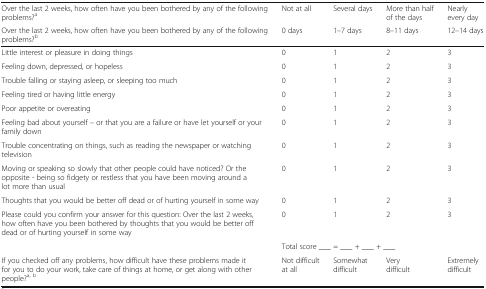
| Over the last 2 weeks, how often have you been bothered by any of the following problems?a | Not at all | Several days | More than half of the days | Nearly every day |
 | Over the last 2 weeks, how often have you been bothered by any of the following problems?b | 0 days | 1–7 days | 8–11 days | 12–14 days |
 | --- | --- | --- | --- | --- |
 | Little interest or pleasure in doing things | 0 | 1 | 2 | 3 |
 | Feeling down, depressed, or hopeless | 0 | 1 | 2 | 3 |
 | Trouble falling or staying asleep, or sleeping too much | 0 | 1 | 2 | 3 |
 | Feeling tired or having little energy | 0 | 1 | 2 | 3 |
 | Poor appetite or overeating | 0 | 1 | 2 | 3 |
 | Feeling bad about yourself – or that you are a failure or have let yourself or your family down | 0 | 1 | 2 | 3 |
 | Trouble concentrating on things, such as reading the newspaper or watching television | 0 | 1 | 2 | 3 |
 | Moving or speaking so slowly that other people could have noticed? Or the opposite - being so fidgety or restless that you have been moving around a lot more than usual | 0 | 1 | 2 | 3 |
 | Thoughts that you would be better off dead or of hurting yourself in some way | 0 | 1 | 2 | 3 |
 | Please could you confirm your answer for this question: Over the last 2 weeks, how often have you been bothered by thoughts that you would be better off dead or of hurting yourself in some way | 0 | 1 | 2 | 3 |
 |  | <COLSPAN=4> Total score ___ = ___ + ___ + ___ |
 | If you checked off any problems, how difficult have these problems made it for you to do your work, take care of things at home, or get along with other people?a, b | Not difficult at all | Somewhat difficult | Very difficult | Extremely difficult |